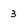
Character: 3